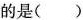
的是（）